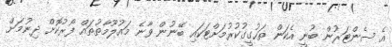
އެ ސެންޓަރުން ބުނީ އެކަން ތަހުގީގުކުރުމަށްޓަކައި ބޭނުން ވާނެ މައުލޫމާތުތައް ފޯރުކޮށް ދިނުމަށް